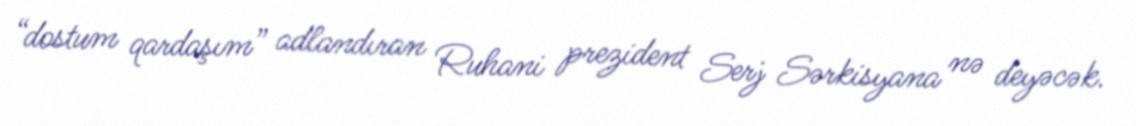
“dostum qardaşım” adlandıran Ruhani prezident Serj Sərkisyana nə deyəcək.